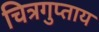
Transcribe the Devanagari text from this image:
चित्रगुप्ताय